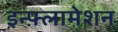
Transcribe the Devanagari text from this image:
इन्फ़्लामेशन